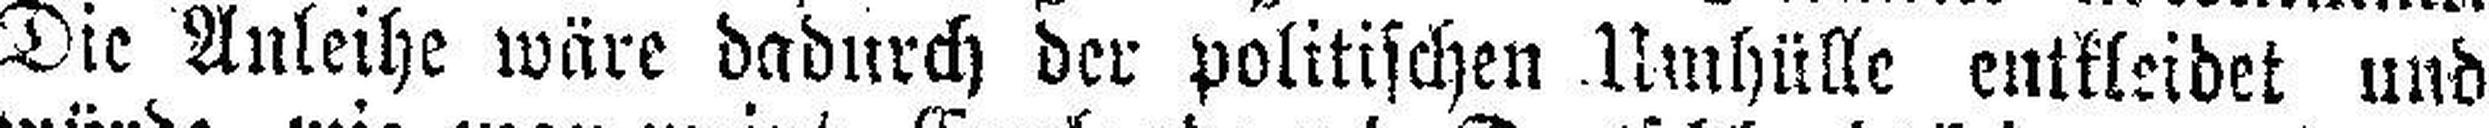
Die Anleihe wäre dadurch der politischen Umhülle entkleidet und